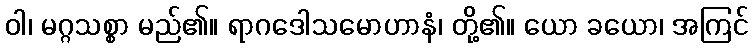
ဝါ၊ မဂ္ဂသစ္စာ မည်၏။ ရာဂဒေါသမောဟာနံ၊ တို့၏။ ယော ခယော၊ အကြင်